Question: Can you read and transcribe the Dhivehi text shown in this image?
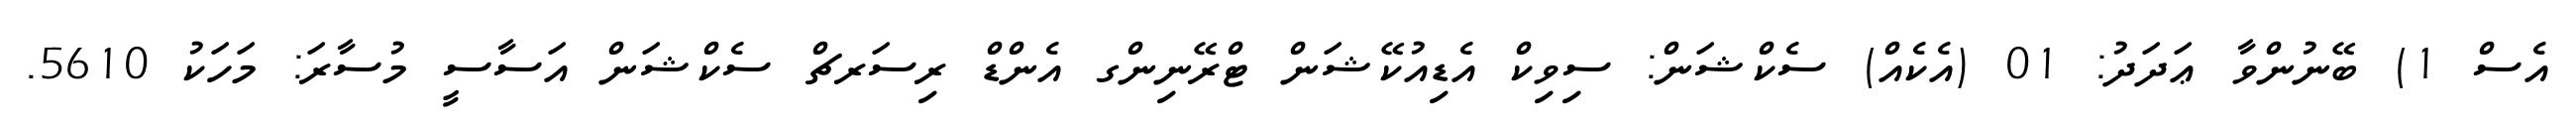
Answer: އެސް 1) ބޭނުންވާ ޢަދަދު: 01 (އެކެއް) ސެކްޝަން: ސިވިކް އެޑިއުކޭޝަން ޓްރޭނިންގ އެންޑް ރިސަރޗް ސެކްޝަން އަސާސީ މުސާރަ: މަހަކު 5610.